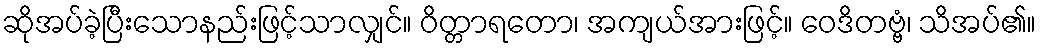
ဆိုအပ်ခဲ့ပြီးသောနည်းဖြင့်သာလျှင်။ ဝိတ္တာရတော၊ အကျယ်အားဖြင့်။ ဝေဒိတဗ္ဗံ၊ သိအပ်၏။